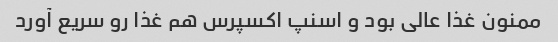
ممنون غذا عالی بود و اسنپ اکسپرس هم غذا رو سریع آورد